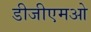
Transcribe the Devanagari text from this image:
डीजीएमओ